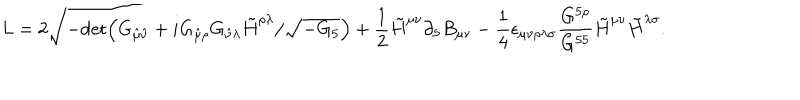
L = 2 \sqrt { - \mathrm { d e t } \Big ( G _ { \hat { \mu } \hat { \nu } } + i G _ { \hat { \mu } \rho } G _ { \hat { \nu } \lambda } \tilde { H } ^ { \rho \lambda } / \sqrt { - G _ { 5 } } \Big ) } + { \frac { 1 } { 2 } } \tilde { H } ^ { \mu \nu } \partial _ { 5 } B _ { \mu \nu } - { \frac { 1 } { 4 } } \epsilon _ { \mu \nu \rho \lambda \sigma } { \frac { G ^ { 5 \rho } } { G ^ { 5 5 } } } \tilde { H } ^ { \mu \nu } \tilde { H } ^ { \lambda \sigma } .